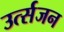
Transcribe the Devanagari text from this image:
उर्त्सजन